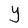
Character: Y